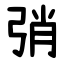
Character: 弰